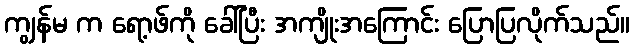
ကျွန်မ က ရော့ဖ်ကို ခေါ်ပြီး အကျိုးအကြောင်း ပြောပြလိုက်သည်။